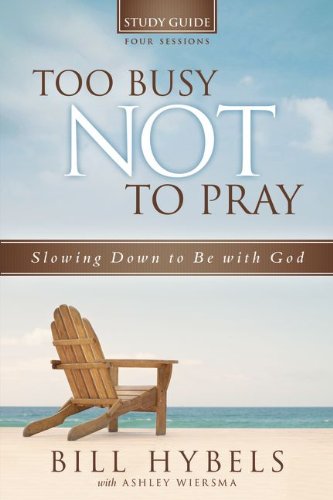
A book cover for Too Busy Not to Pray Study Guide: Slowing Down to Be With God; Bill Hybels; Christian Books & Bibles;